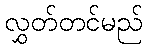
လွှတ်တင်မည်